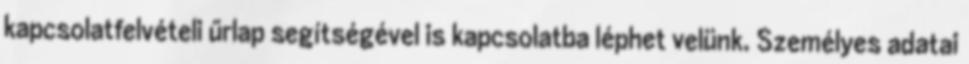
kapcsolatfelvételi űrlap segítségével is kapcsolatba léphet velünk. Személyes adatai